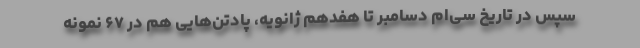
سپس در تاریخ سی‌ام دسامبر تا هفدهم ژانویه، پادتن‌هایی هم در ۶۷ نمونه